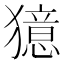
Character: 𤢛